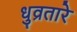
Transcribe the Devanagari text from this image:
धुव्रतारे